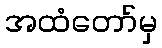
အထံတော်မှ